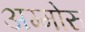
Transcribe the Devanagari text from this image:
अम्मोरु